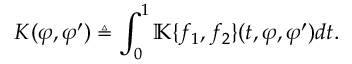
K ( \varphi , \varphi ^ { \prime } ) \triangleq \int _ { 0 } ^ { 1 } \mathbb { K } \{ f _ { 1 } , f _ { 2 } \} ( t , \varphi , \varphi ^ { \prime } ) d t .